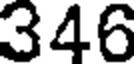
346